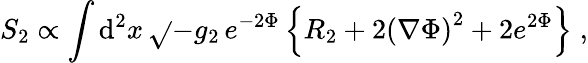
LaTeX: S_{2}\propto\int\mathrm{d}^{2}x\, \sqrt{}{{-g_{2}}}\, e^{-2\Phi}\left\{ R_{2}+2{\left(\nabla\Phi\right)}^{2}+2e^{2\Phi}\right\} \; ,